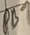
Text: PB7